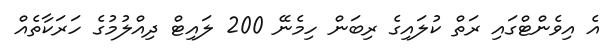
އެ އިވެންޓްގައި ރަތް ކުލައިގެ ރިބަން ހިމެނޭ 200 ލައިޓް ދިއްލުމުގެ ހަރަކާތެއް